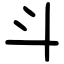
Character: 斗